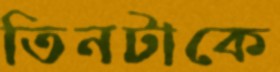
তিনটাকে